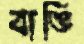
বাঙি